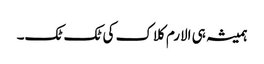
ہمیشہ ہی الارم کلاک کی ٹک ٹک۔